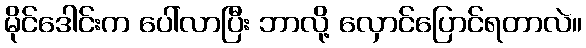
မိုင်ဒေါင်းက ပေါ်လာပြီး ဘာလို့ လှောင်ပြောင်ရတာလဲ။